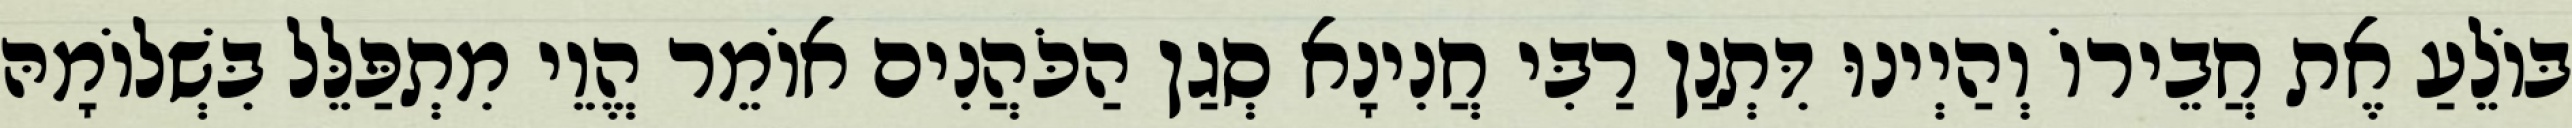
בּוֹלֵעַ אֶת חֲבֵירוֹ וְהַיְינוּ דִּתְנַן רַבִּי חֲנִינָא סְגַן הַכֹּהֲנִים אוֹמֵר הֱוֵי מִתְפַּלֵּל בִּשְׁלוֹמָהּ